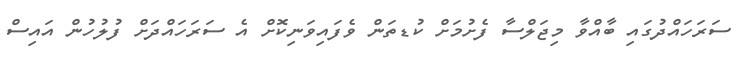
ސަރަހައްދުގައި ބާއްވާ މިޖަލްސާ ފެށުމަށް ކުޑތަން ވެފައިވަނިކޮށް އެ ސަރަހައްދަށް ފުލުހުން އައިސް